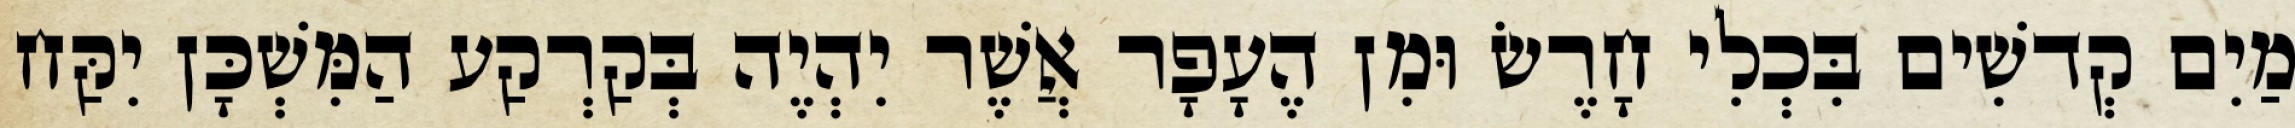
מַיִם קְדשִׁים בִּכְלִי חָרֶשׂ וּמִן הֶעָפָר אֲשֶׁר יִהְיֶה בְּקַרְקַע הַמִּשְׁכָּן יִקַּח